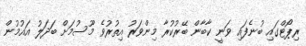
ރިޕޯޓްގައި ބުނެފައި ވަނީ ކާބާން ބޭރުކުރާ މިންވަރު އިތުރުވެ މޫސުމަށް ބަދަލު އައުމުން